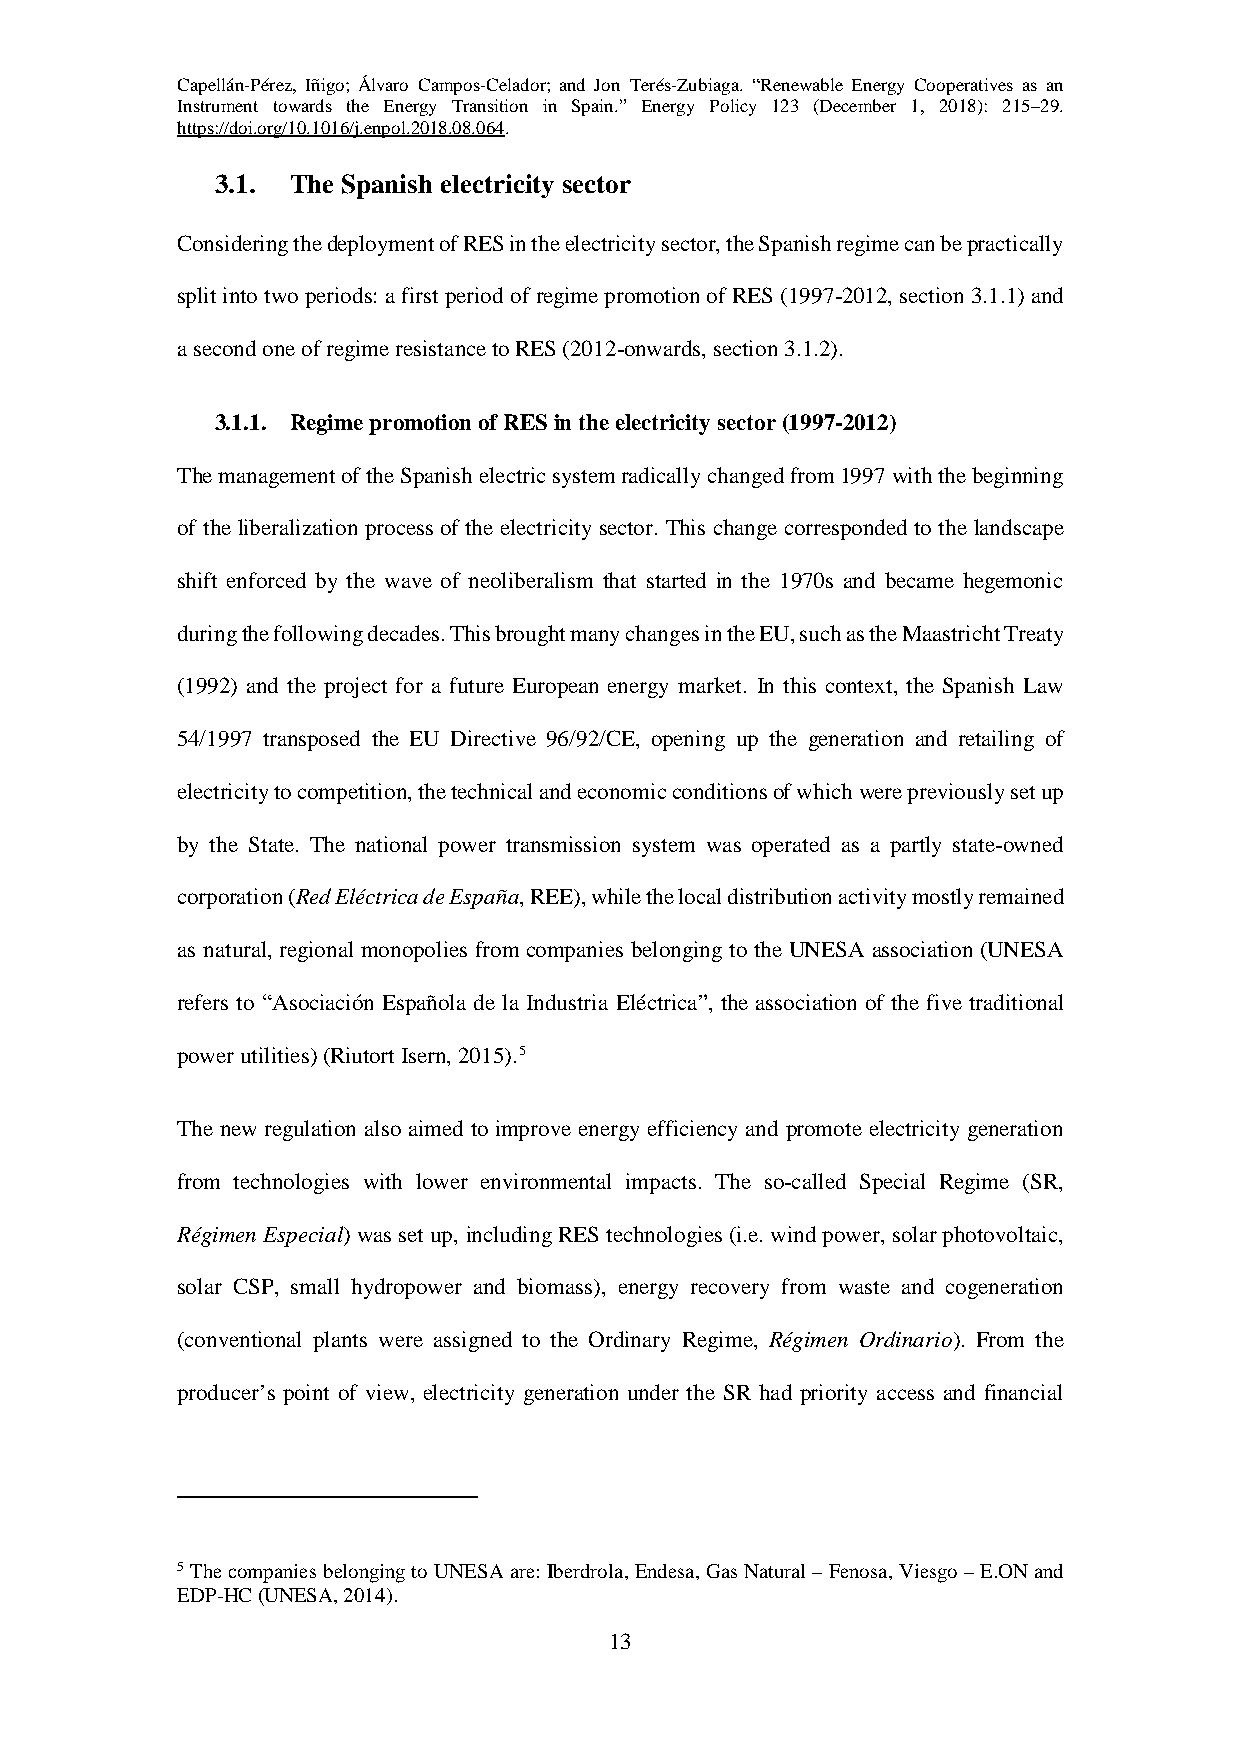
Capellán-Pérez, Iñigo; Álvaro Campos-Celador; and Jon Terés-Zubiaga. “Renewable Energy Cooperatives as an
 Instrument towards the Energy Transition in Spain.” Energy Policy 123 (December 1, 2018): 215–29.
 https://doi.org/10.1016/j.enpol.2018.08.064.
 3.1. The Spanish electricity sector
 Considering the deployment of RES in the electricity sector, the Spanish regime can be practically
 split into two periods: a first period of regime promotion of RES (1997-2012, section 3.1.1) and
 a second one of regime resistance to RES (2012-onwards, section 3.1.2).
 3.1.1. Regime promotion of RES in the electricity sector (1997-2012)
 The management of the Spanish electric system radically changed from 1997 with the beginning
 of the liberalization process of the electricity sector. This change corresponded to the landscape
 shift enforced by the wave of neoliberalism that started in the 1970s and became hegemonic
 during the following decades. This brought many changes in the EU, such as the Maastricht Treaty
 (1992) and the project for a future European energy market. In this context, the Spanish Law
 54/1997 transposed the EU Directive 96/92/CE, opening up the generation and retailing of
 electricity to competition, the technical and economic conditions of which were previously set up
 by the State. The national power transmission system was operated as a partly state-owned
 corporation (Red Eléctrica de España, REE), while the local distribution activity mostly remained
 as natural, regional monopolies from companies belonging to the UNESA association (UNESA
 refers to “Asociación Española de la Industria Eléctrica”, the association of the five traditional
 power utilities) (Riutort Isern, 2015).5
 The new regulation also aimed to improve energy efficiency and promote electricity generation
 from technologies with lower environmental impacts. The so-called Special Regime (SR,
 Régimen Especial) was set up, including RES technologies (i.e. wind power, solar photovoltaic,
 solar CSP, small hydropower and biomass), energy recovery from waste and cogeneration
 (conventional plants were assigned to the Ordinary Regime, Régimen Ordinario). From the
 producer’s point of view, electricity generation under the SR had priority access and financial
 5 The companies belonging to UNESA are: Iberdrola, Endesa, Gas Natural – Fenosa, Viesgo – E.ON and
 EDP-HC (UNESA, 2014).
 13